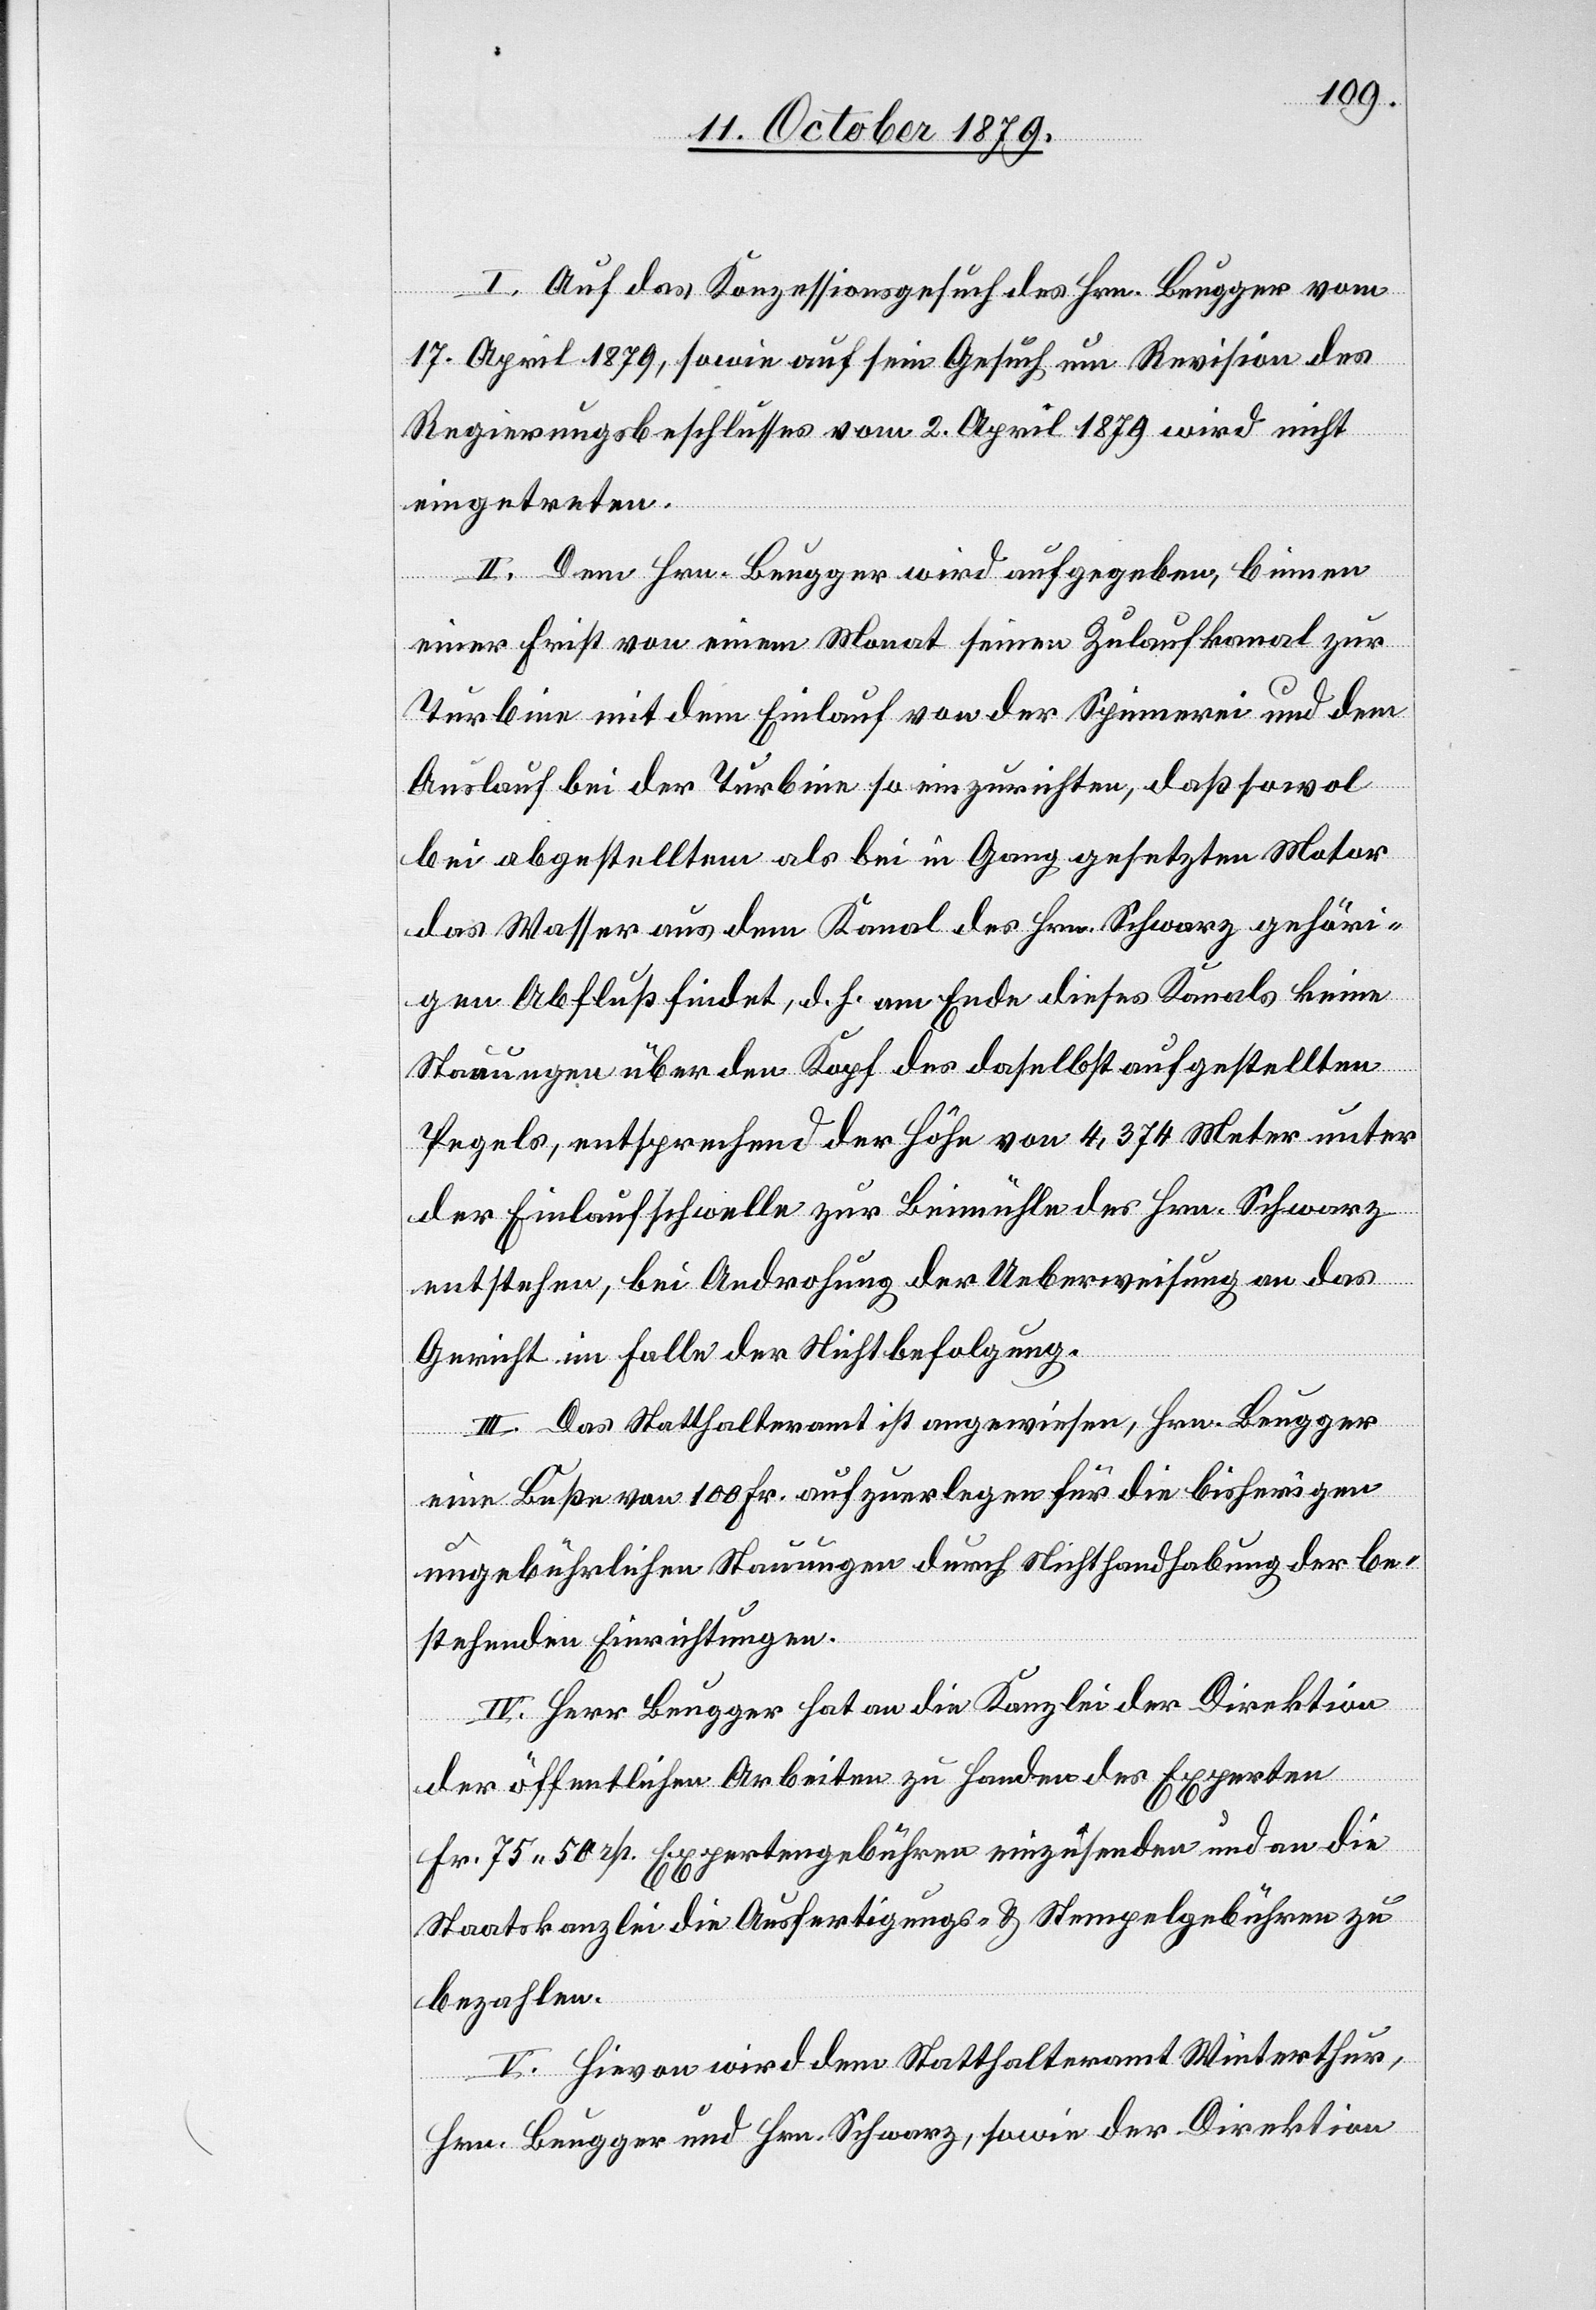
I. Auf das Konzessionsgesuch des Hrn. Beugger vom
17. April 1879, sowie auf sein Gesuch um Revision des
Regierungsbeschlusses vom 2. April 1879 wird nicht
eingetreten.
II. Dem Hrn. Beugger wird aufgegeben, binnen
einer Frist von einem Monat seinen Zulaufkanal zur
Turbine mit dem Einlauf von der Spinnerei und dem
Auslauf bei der Turbine so einzurichten, daß sowol
bei abgestelltem als bei in Gang gesetzten Motor
das Wasser aus dem Kanal des Hrn. Schwarz gehöri¬
gen Abfluß findet, d. h. am Ende dieses Kanals keine
Stauungen über den Kopf des daselbst aufgestellten
Pegels, entsprechend der Höhe von 4,374 Meter unter
der Einlaufschwelle zur Beimühle des Hrn. Schwarz
entstehen, bei Androhung der Ueberweisung an das
Gericht im Falle der Nichtbefolgung.
III. Das Statthalteramt ist angewiesen, Hrn. Beugger
eine Buße von 100 Fr. aufzuerlegen für die bisherigen
ungebührlichen Stauungen durch Nichthandhabung der be¬
stehenden Einrichtungen.
IV. Herr Beugger hat an die Kanzlei der Direktion
der öffentlichen Arbeiten zu Handen der Experten
Fr. 75 50 rp. Expertengebühren einzusenden und an die
Staatskanzlei die Ausfertigungs- & Stempelgebühren zu
bezahlen.
V. Hievon wird dem Statthalteramt Winterthur,
Hrn. Beugger und Hrn. Schwarz, sowie der Direktion